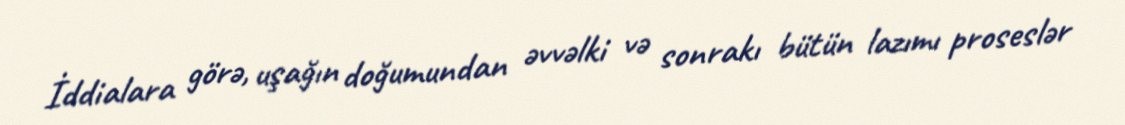
İddialara görə, uşağın doğumundan əvvəlki və sonrakı bütün lazımı proseslər